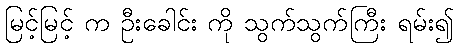
မြင့်မြင့် က ဦးခေါင်း ကို သွက်သွက်ကြီး ရမ်း၍